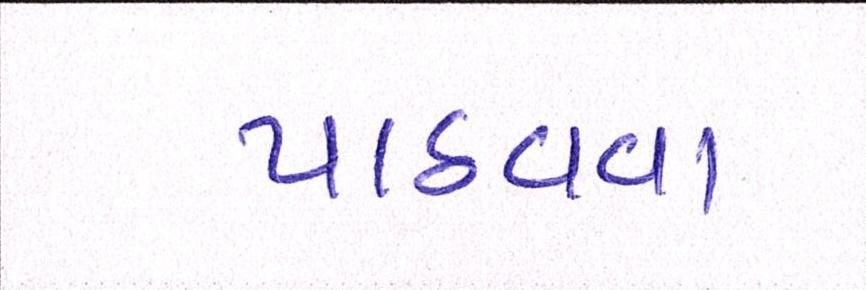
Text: પાઠવવા